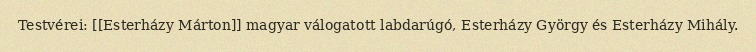
Testvérei: [[Esterházy Márton]] magyar válogatott labdarúgó, Esterházy György és Esterházy Mihály.